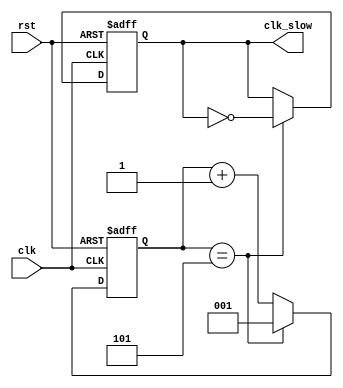
module slowclock_5(output reg clk_slow, input clk, rst);

reg [2:0]counter;

initial 
	clk_slow <= 0;

always @ (posedge clk, negedge rst)
begin
	if(!rst)
		begin
			clk_slow <= 0;
			counter <= 1;
		end
	else
		begin
			counter <= counter + 1'b1;
			if(counter == 5)
				begin
					counter <= 1;
					clk_slow <= ~clk_slow;
				end
		end
end

endmodule